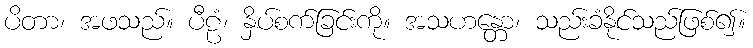
ပိတာ၊ အဖသည်။ ပီဠံ၊ နှိပ်စက်ခြင်းကို။ အသဟန္တော၊ သည်းခံနိုင်သည်ဖြစ်၍။